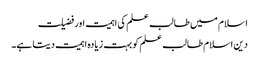
اسلام میں طالب علم کی اہمیت اور فضیلت
دین اسلام طالب علم کو بہت زیادہ اہمیت دیتا ہے۔